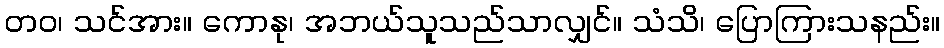
တဝ၊ သင်အား။ ကောနု၊ အဘယ်သူသည်သာလျှင်။ သံသိ၊ ပြောကြားသနည်း။